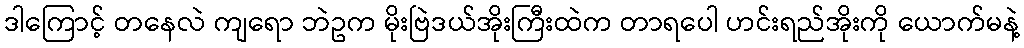
ဒါကြောင့် တနေလဲ ကျရော ဘဲဥက မိုးဗြဲဒယ်အိုးကြီးထဲက တာရပေါ ဟင်းရည်အိုးကို ယောက်မနဲ့